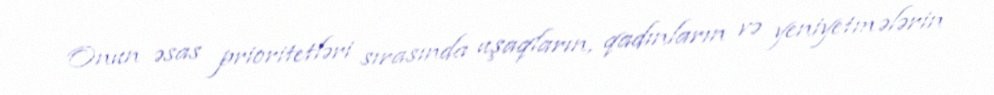
Onun əsas prioritetləri sırasında uşaqların, qadınların və yeniyetmələrin